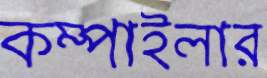
কম্পাইলার